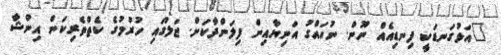
"އަޅުގަނޑަކީ ފިނޑިއެެއް ނޫން. ނުހައްގު އަނިޔާއިން ފިލަންދާކަށް. ޖަލުގައި ހުރުމުގެ ކެތްތެރިކަން އިންޝާ